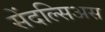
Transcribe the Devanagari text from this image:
सेंदल्सिअस